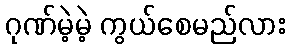
ဂုဏ်မဲ့မဲ့ ကွယ်စေမည်လား